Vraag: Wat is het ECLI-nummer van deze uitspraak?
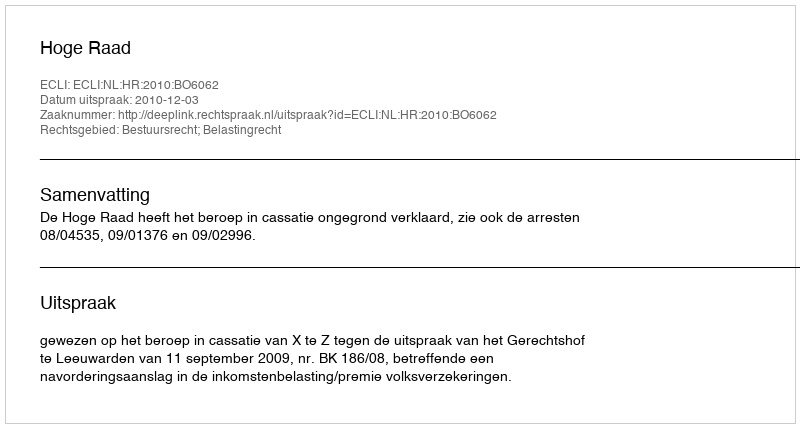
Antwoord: ECLI:NL:HR:2010:BO6062